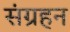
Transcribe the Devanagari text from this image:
संग्रहन